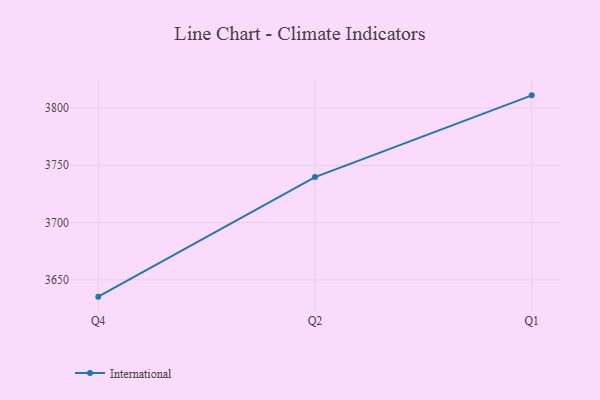
{"axis": {"x": "Quarter", "y": "Operating Costs (USD K)"}, "legend": ["International"], "data": [{"x": "Q4", "y": 3635.4, "type": "International"}, {"x": "Q2", "y": 3739.7, "type": "International"}, {"x": "Q1", "y": 3811.0, "type": "International"}]}